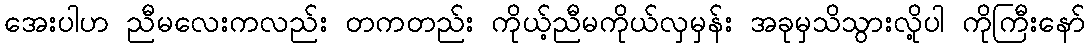
အေးပါဟ ညီမလေးကလည်း တကတည်း ကိုယ့်ညီမကိုယ်လှမှန်း အခုမှသိသွားလို့ပါ ကိုကြီးနော်